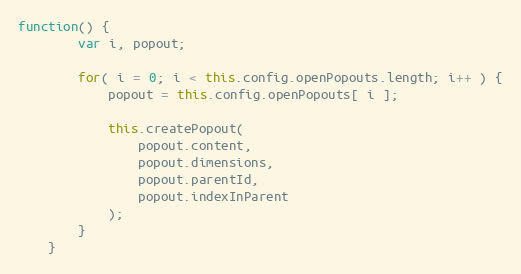
Language: JavaScript
function() {
		var i, popout;

		for( i = 0; i < this.config.openPopouts.length; i++ ) {
			popout = this.config.openPopouts[ i ];

			this.createPopout(
				popout.content,
				popout.dimensions,
				popout.parentId,
				popout.indexInParent
			);
		}
	}